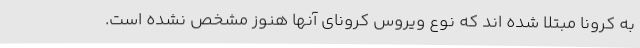
به کرونا مبتلا شده اند که نوع ویروس کرونای آنها هنوز مشخص نشده است.